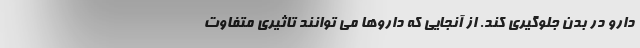
دارو در بدن جلوگیری کند. از آنجایی که داروها می توانند تاثیری متفاوت